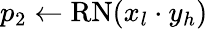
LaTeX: p_{2}\gets\mathrm{RN}(x_{l}\cdot y_{h})